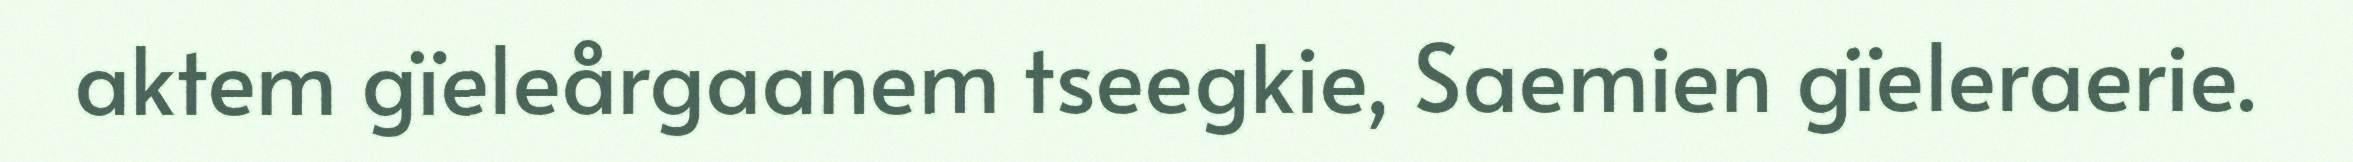
aktem gïeleårgaanem tseegkie, Saemien gïeleraerie.